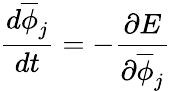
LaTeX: \frac{d\overline{{\phi}}_{j}}{dt}=-\frac{\partial E}{\partial\overline{{\phi}}_{j}}